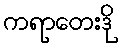
ကရာတေးဒို